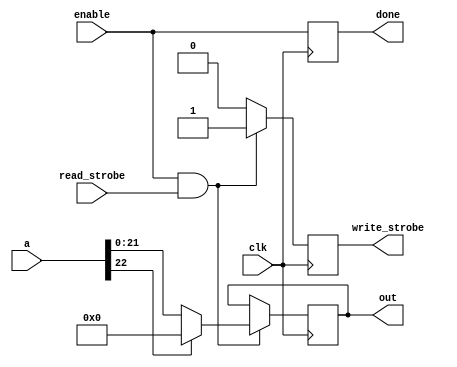
`timescale 1ns / 1ps

module RELU1(
input [22:0] a,
input clk,
input enable,
input read_strobe,
output reg [21:0] out,
output reg write_strobe,
output reg done
    );

always@(posedge clk) begin
    done <= enable;
  if (enable && read_strobe) begin
    if (a[22] == 1) begin
      out <= 0;
      write_strobe <= 1;
    end
    else begin
      out <= a[21:0];
      write_strobe <= 1;
    end
  end else write_strobe <= 0;
end
endmodule